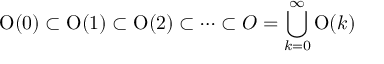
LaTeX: \operatorname { O } ( 0 ) \subset \operatorname { O } ( 1 ) \subset \operatorname { O } ( 2 ) \subset \cdots \subset O = \bigcup _ { k = 0 } ^ { \infty } \operatorname { O } ( k )